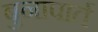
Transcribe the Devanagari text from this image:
बुनापार्त